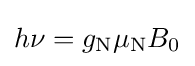
h\nu =g_{\mathrm {N} }\mu _{\mathrm {N} }B_{0}